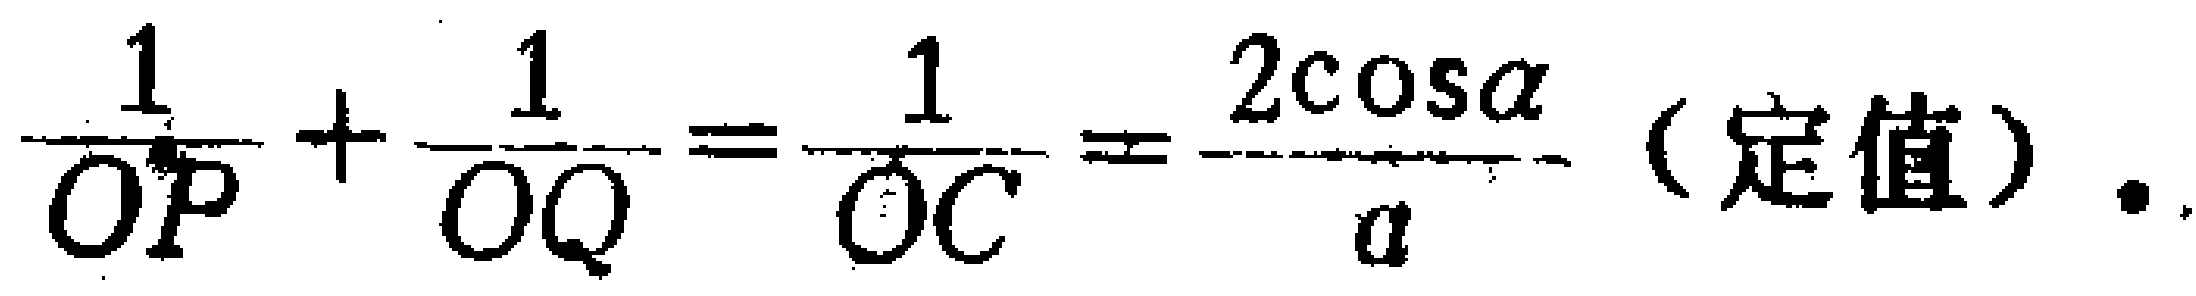
$\frac{1}{OP}+\frac{1}{OQ}=\frac{1}{OC}=\frac{2\cos\alpha}{a}\text{ (定值)}.$